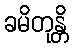
ခမိတုန္တိ